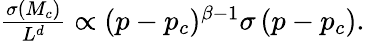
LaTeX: \begin{array}{r}{\frac{\sigma\left(M_{c}\right)}{L^{d}}\propto(p-p_{c})^{\beta-1}\sigma\left(p-p_{c}\right).}\end{array}